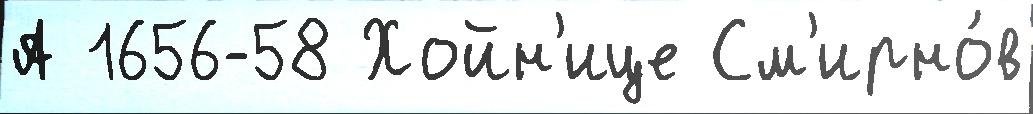
А 1656-58 Хойн'ице См'ирно́в